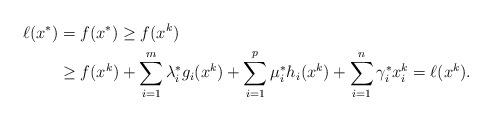
LaTeX: \begin{align*}\ell(x^*) & =f(x^*) \geq f(x^k) \\& \geq f(x^k) + \sum\limits_{i=1}^m\lambda_i^*g_i(x^k) + \sum\limits_{i=1}^p\mu_i^* h_i(x^k) + \sum\limits_{i=1}^n \gamma_i^*x_i^k = \ell(x^k). \end{align*}